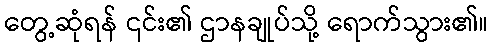
တွေ့ဆုံရန် ၎င်း၏ ဌာနချုပ်သို့ ရောက်သွား၏။